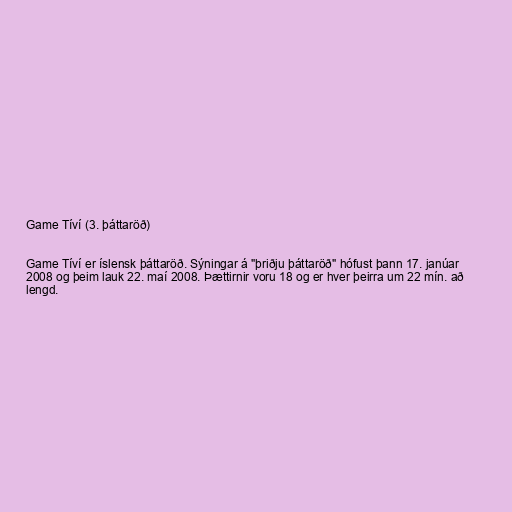
Game Tíví (3. þáttaröð)

Game Tíví er íslensk þáttaröð. Sýningar á "þriðju þáttaröð" hófust þann 17. janúar
2008 og þeim lauk 22. maí 2008. Þættirnir voru 18 og er hver þeirra um 22 mín. að
lengd.